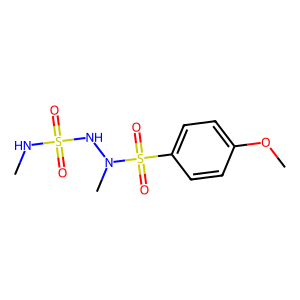
SMILES: CNS(=O)(=O)NN(C)S(=O)(=O)c1ccc(OC)cc1
Inhibits HIV replication: No